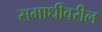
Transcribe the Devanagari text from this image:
समाधीवरील